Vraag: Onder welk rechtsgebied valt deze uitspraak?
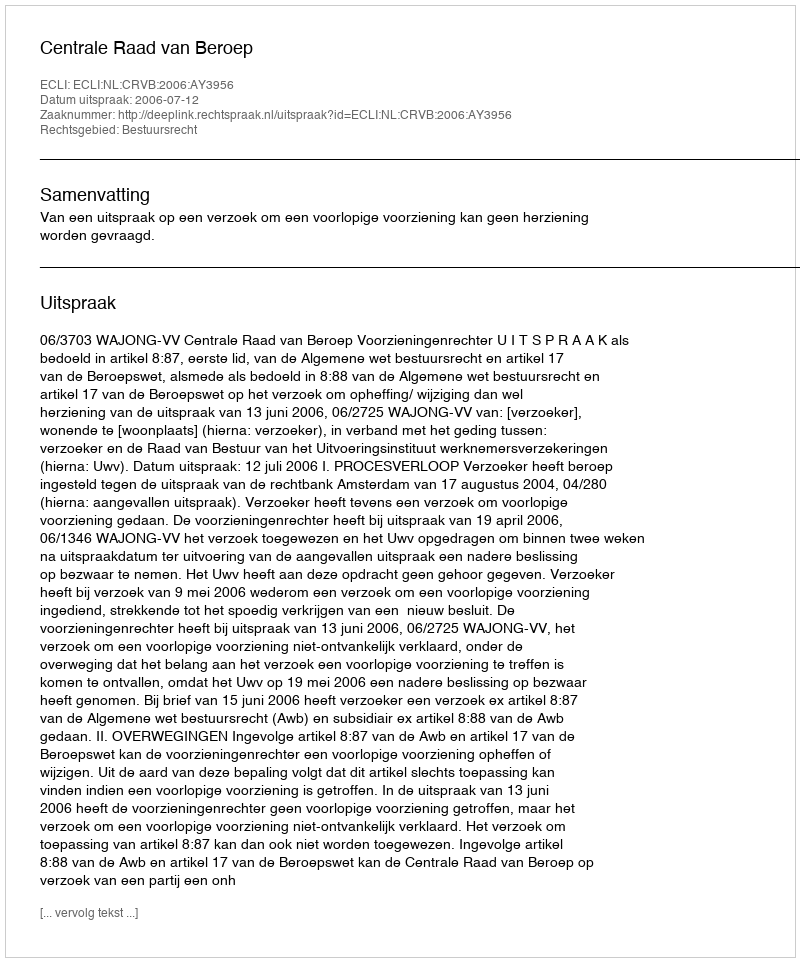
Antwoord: Bestuursrecht